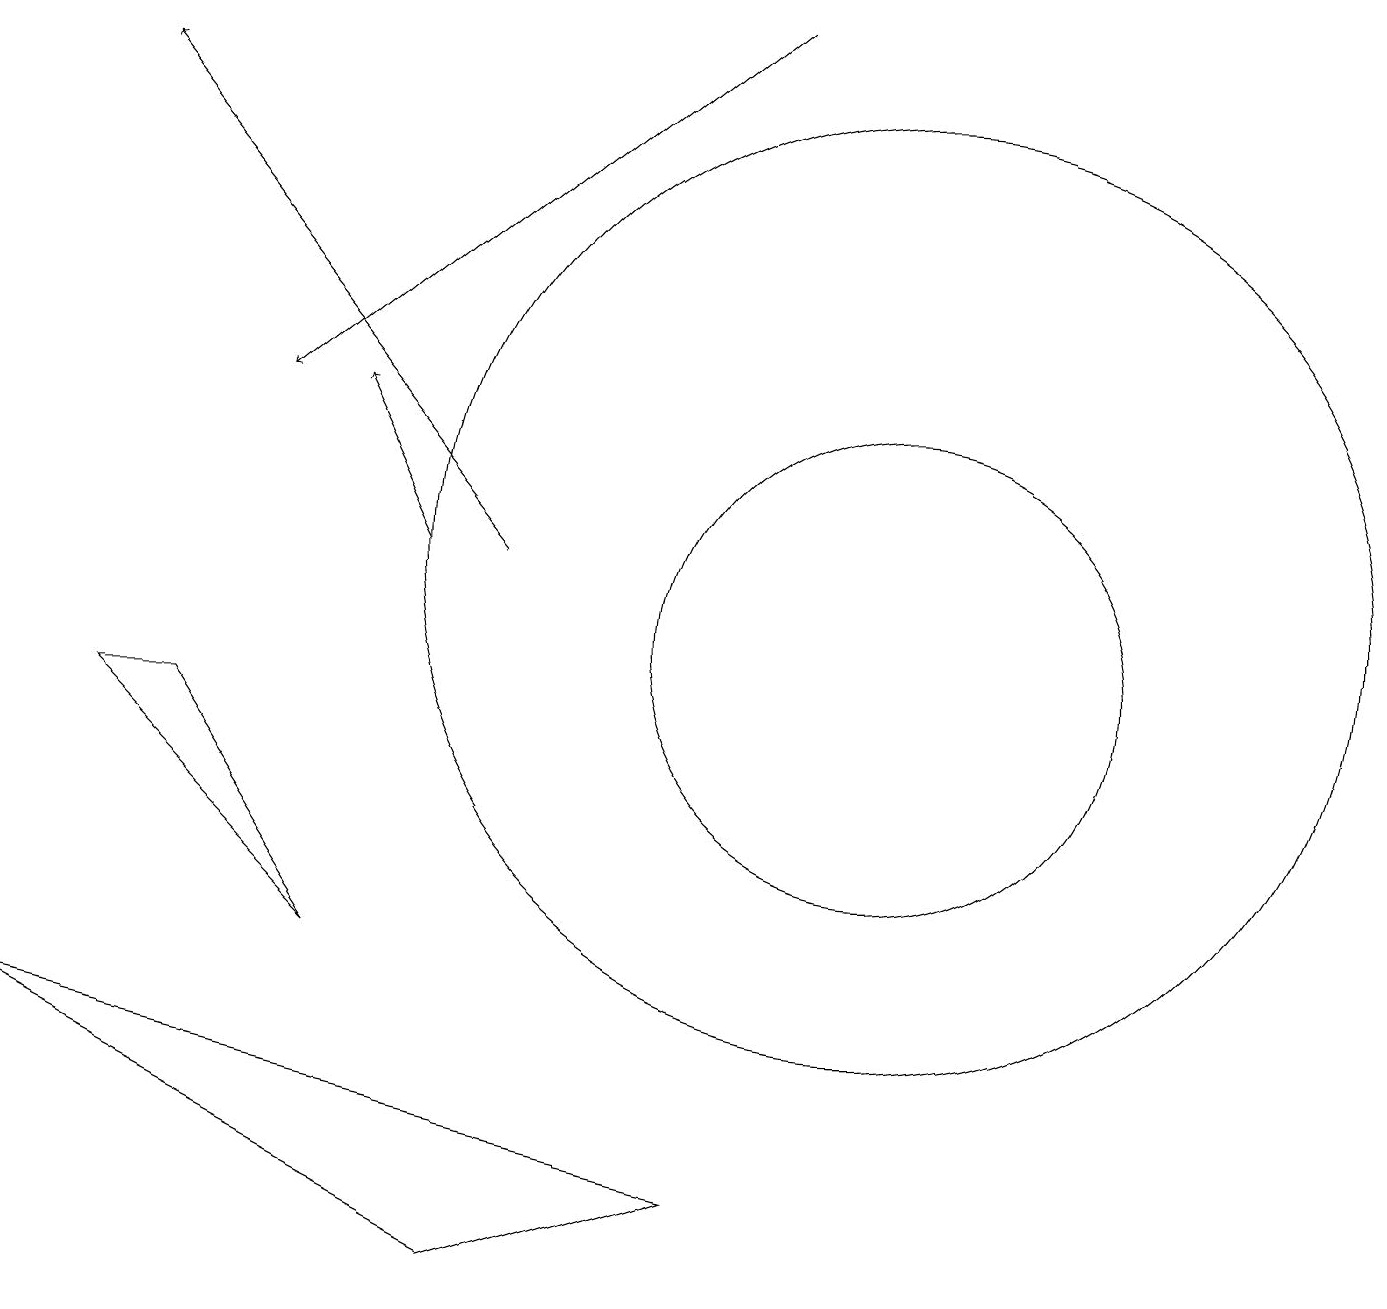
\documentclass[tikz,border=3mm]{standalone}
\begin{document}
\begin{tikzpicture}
\draw (11,11) circle (6);
\draw[->] (9,18) -- (3,13);
\draw[->] (6,11) -- (1,17);
\draw[->] (5,11) -- (4,13);
\draw (9,3) -- (6,2) -- (0,5) -- cycle;
\draw (11,10) circle (3);
\draw (1,9) -- (2,9) -- (4,6) -- cycle;
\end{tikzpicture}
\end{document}